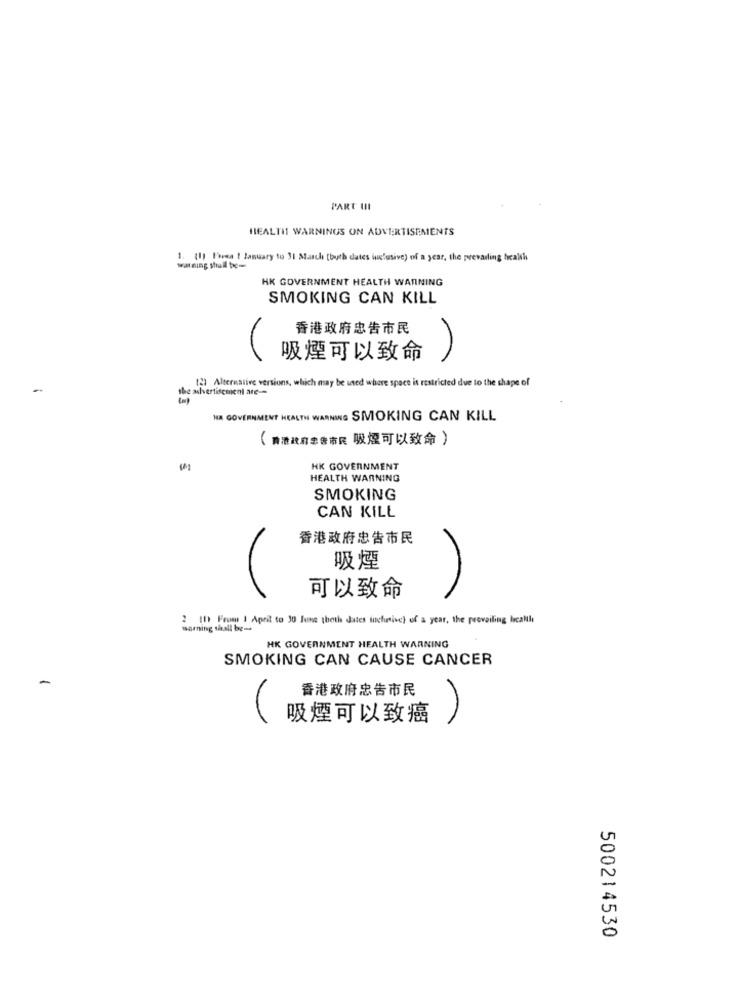
PARE UI
HEALTH WARNINGS ON ADVERTISEMENTS
1. [1] Fresa 1 January to 31 March [buth dates inclusive) of a year, the prevailing health
warning shall be=
HK GOVERNMENT HEALTH WARNING
SMOKING CAN KILL
香港政府忠告市民
吸煙可以致命
(2) Alternative versions, which may be used where space is restricted due to the shape of
the ashvertisement are --
NA GOVERNMENT HEALTH WARNING SMOKING CAN KILL
(請港政府忠告市民 吸煙可以致命)
HK GOVERNMENT
HEALTH WARNING
SMOKING
CAN KILL
香港政府忠告市民
吸煙
可以致命
2 10 From 1 April to 30 June thoth dates inclusive) of a year, the prevailing localthe
warning shall be-
HK GOVERNMENT HEALTH WARNING
SMOKING CAN CAUSE CANCER
-
香港政府忠告市民
吸煙可以致癌
500214530